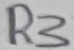
Text: R3